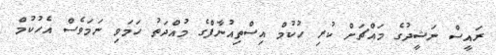
ރައީސް ނަޝީދުގެ މައްޗަށް ކުރި ހުކުމް އިސްތިއުނާފްގެ މުއްދަތު ހަމަވި ނަމަވެސް އެހުކުމް